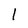
Character: l